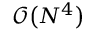
\mathcal O \big ( N ^ { 4 } \big )